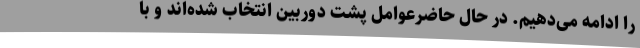
را ادامه می‌دهیم. در حال حاضرعوامل پشت دوربین انتخاب شده‌اند و با